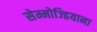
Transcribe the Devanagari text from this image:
सेम्मोज्हियाना